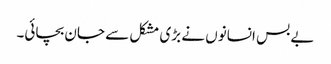
بے بس انسانوں نے بڑی مشکل سے جان بچائی۔